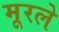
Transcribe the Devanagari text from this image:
मूरले